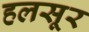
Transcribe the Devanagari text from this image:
हलसूर